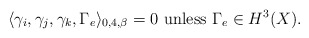
\begin{align*}\langle \gamma_i,\gamma_j, \gamma_k,\Gamma_e\rangle_{0,4,\beta}=0\ \mbox{unless}\ \Gamma_e\in H^3(X).\end{align*}